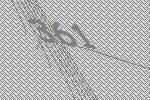
361